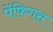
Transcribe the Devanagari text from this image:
पेंफिगस